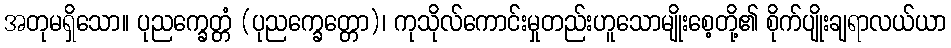
အတုမရှိသော။ ပုညက္ခေတ္တံ (ပုညက္ခေတ္တော)၊ ကုသိုလ်ကောင်းမှုတည်းဟူသောမျိုးစေ့တို့၏ စိုက်ပျိုးချရာလယ်ယာ